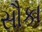
સૌકા